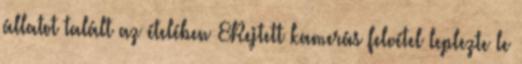
állatot talált az ételében 8Rejtett kamerás felvétel leplezte le